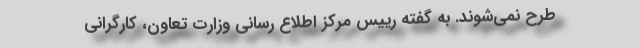
طرح نمی‌شوند. به گفته رییس مرکز اطلاع رسانی وزارت تعاون، کارگرانی